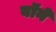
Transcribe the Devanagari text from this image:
बॉने